Annual vaccination report of Bihar and Orissa - 1911-1928
Year: 1911
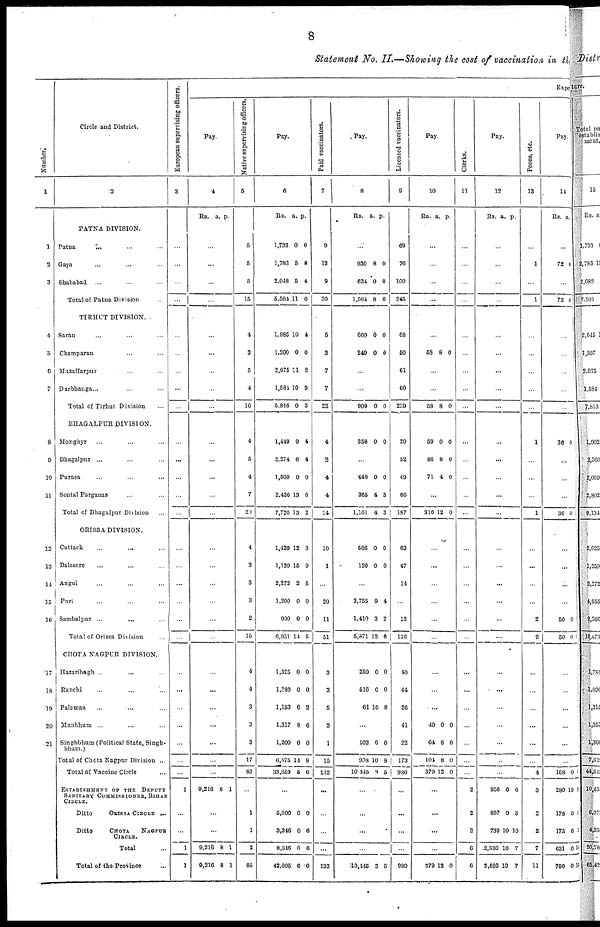
8
Statement No. II.—Showing the cost of vaccination in the
Number.
1
1
'2
3
4
5
6
7
8
9
10
11
12
13
14
15
16
17
18
10
20
21
Circle and District.
2
PATNA DIVISION.
Patna ... ... ...
Gaya ... ... ...
Shahabad
... ... ...
Total of Patna Division ...
TIRHUT DIVISION.
Saran ... ... ...
Champaran ... ... ...
Muzaffarpur ... ...
Darbhanga... ... ...
Total of Tirhut Division ...
BHAGALPUR DIVISION.
Monghyr ... ... ...
Bhagalpur ... ... ...
Purnea ... ... ...
Sontal Parganas ... ...
Total of Bhagalpur Division ...
ORISSA DIVISION.
Cuttack ... ... ...
Balasore ... ... ...
Angui ... ... ...
Puri ... ... ...
Sambalpur ...
... ...
Total of Orissa Division ...
CHOTA NAGPUR DIVISION.
Hazaribagh ... ... ...
Ranchi ... ... ...
Palaman ... ... ...
Manbhum ... ... ...
Singhbhum (Political State, Singh-
bhum.)
Total of Chota Nagpur Division ...
Total of Vaccine Circle ...
ESTABISHMENT OF THE DEPUTY
SANITARY COMMISSIONER, BIHAR
CIRCLE.
Ditto
ORISSA CIRCLE ...
Ditto
CHOTA
NAGPUR
CIRCLE.
Total ...
Total of the Province
European supervising officers.
3
...
...
...
...
...
...
...
...
...
...
...
...
...
...
...
...
...
...
...
...
...
...
...
...
...
...
...
1
...
...
1
1
Expend
Pay.
4
Rs. a. p.
...
...
...
...
...
...
...
...
...
...
...
...
...
...
...
...
...
...
...
...
...
...
...
...
...
...
...
9,216 8 1
...
...
9,216
9,216
8
8
1
1
Native supervising officers.
5
5
5
5
15
4
3
5
4
10
4
5
4
7
20
4
3
3
3
2
15
4
4
3
3
3
17
83
...
1
1
2
85
Pay.
6
Rs.
1,733
1,783
2,048
5,564
a.
0
5
5
11
p.
0
8
4
0
1,985
1,200
2,075
1,584
5,846
1,449
2,274
1,560
2,436
7,720
1,439
1,139
2,272
1,200
900
6,951
10
0
11
10
0
9
6
0
13
13
12
15
2
0
0
14
4
0
2
9
3
4
4
0
6
2
3
9
5
0
0
6
1,525
1,389
1,153
1,317
1,200
6,575
33,659
0
0
6
8
0
14
5
0
0
2
6
0
8
6
...
5,000
3,346
8,346
42.005
0
0
0
6
0
6
6
0
Paid vaccinators.
7
9
12
9
30
5
3
7
7
22
4
2
4
4
14
10
1
...
29
11
51
3
3
5
3
1
15
132
...
...
...
...
132
Pay.
8
Rs. a. p.
...
930
634
1,564
8
0
8
0
0
0
600
249
0
0
0
0
...
...
909
358
0
0
0
0
...
448
365
1,161
586
120
0
4
4
0
0
0
3
3
0
0
...
3,755
1,410
5,871
9
3
12
4
2
6
259
516
61
0
0
10
0
0
8
...
102
938
10 446
0
10
3
0
8
5
...
...
...
...
'10,446 3 5
Licenced vaccinators.
9
69
76
100
245
68
50
61
60
239
20
52
40
66
187
63
47
14
...
12
136
40
44
26
41
22
173
980
...
...
...
...
980
Pay.
10
Rs. a. p.
...
...
...
...
...
58 8 0
...
...
58
59
86
71
8
0
8
4
0
0
0
0
...
216 12 0
...
...
...
...
...
...
...
...
...
40
64
101
379
0
8
8
12
0
0
0
0
...
...
...
...
379 12 0
Clerks.
11
...
...
...
...
...
...
...
...
...
...
...
...
...
...
...
...
...
...
...
...
...
...
...
...
...
...
...
2
2
2
6
6
Pay.
12
Rs. a. p.
...
...
...
...
...
...
...
...
...
...
...
...
...
...
...
...
...
...
...
...
...
...
...
...
...
...
...
956
897
739
2,593
2,593
6
9
10
10
10
6
3
10
7
7
PEONS, etc.
13
...
1
...
1
...
...
...
...
...
1
...
...
...
1
...
...
...
...
2
2
...
...
...
...
...
...
4
3
2
2
7
11
Pay.
14
Rs. a. p.
...
72 0
...
72 0
...
...
...
...
...
36 0
...
...
...
36 0
...
...
...
...
50
50
0
0
...
...
...
...
...
...
158
280
178
172
631
789
0
10
0
6
0
0
0
8
6
1
16
16